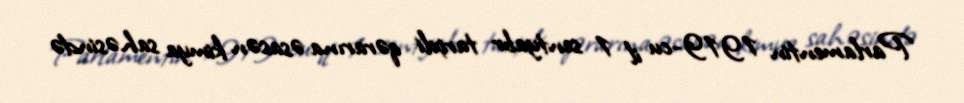
Parlamentin 1919-cu il 1 sentyabr tarixli qərarına əsasən kimya sahəsində